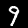
Digit: 9